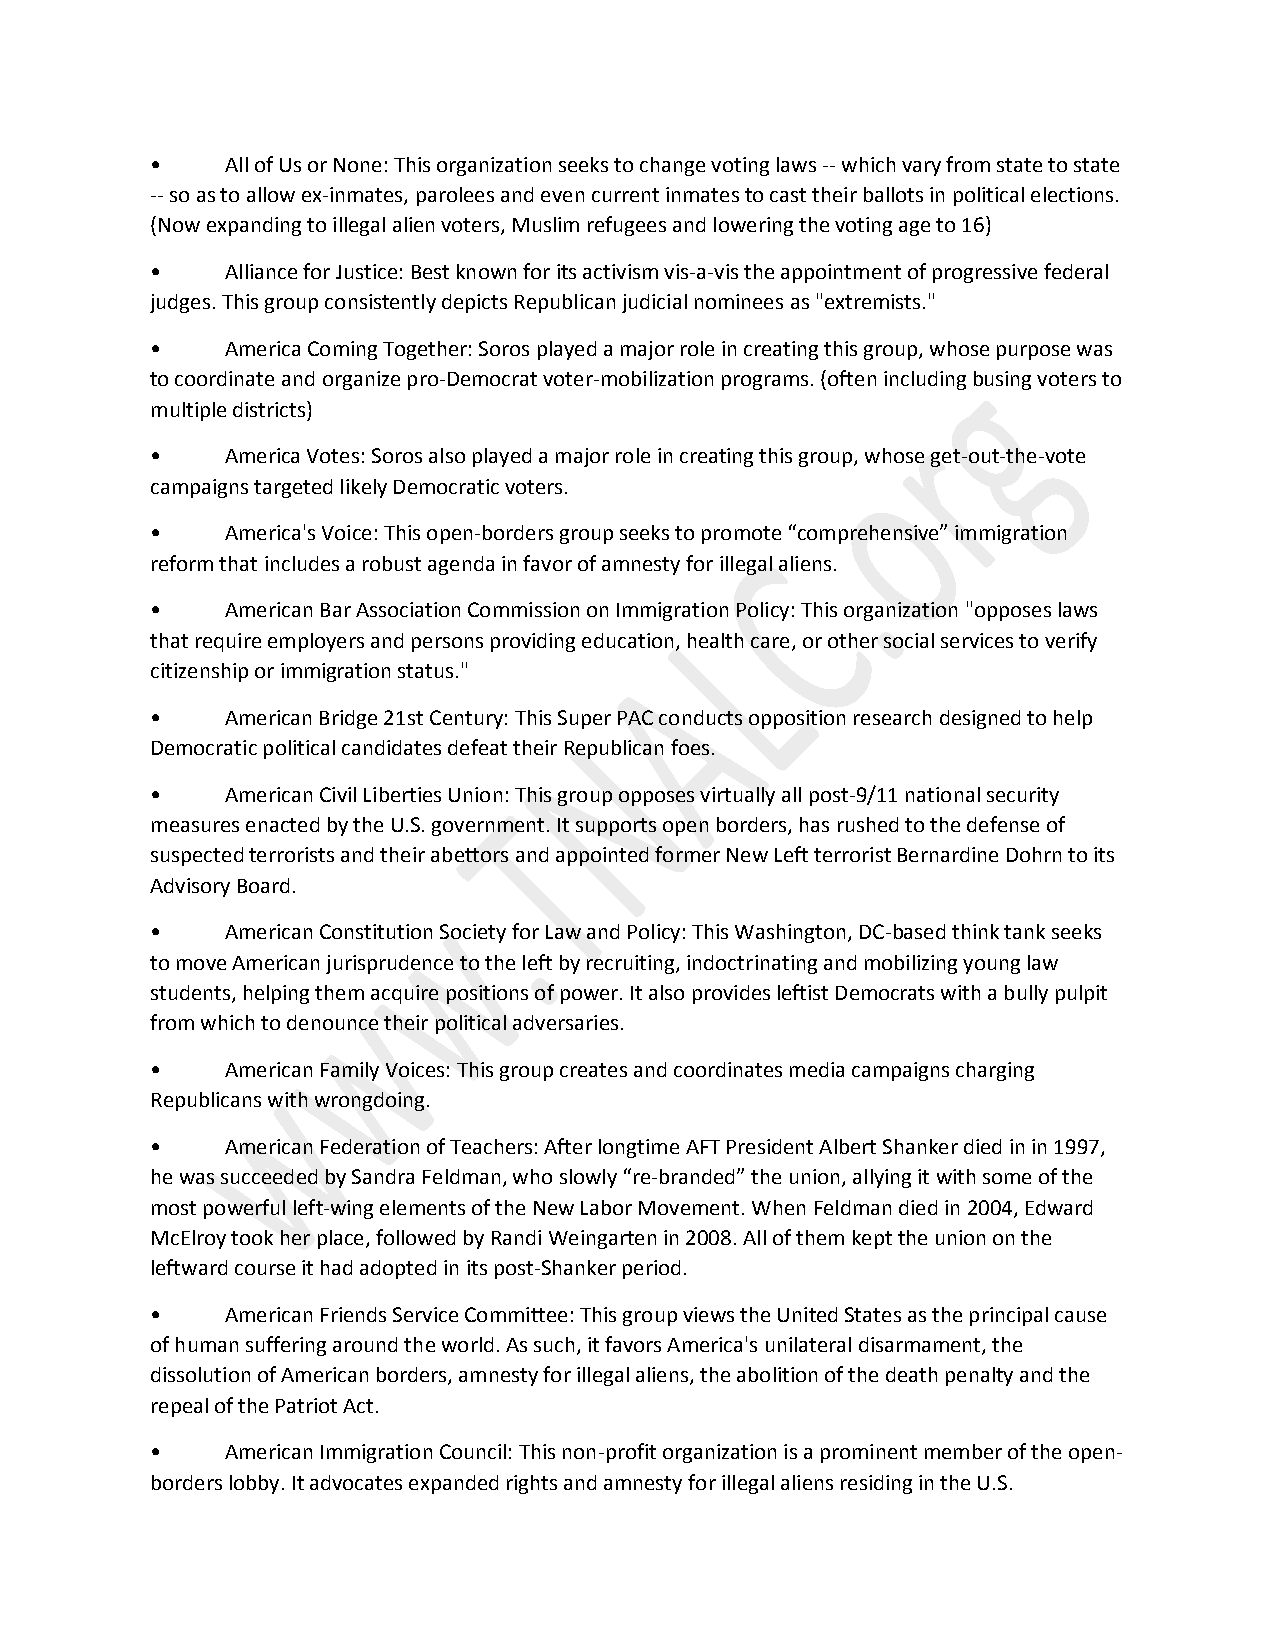
•    All of Us or None: This organization seeks to change voting laws -- which vary from state to state
 -- so as to allow ex-inmates, parolees and even current inmates to cast their ballots in political elections.
 (Now expanding to illegal alien voters, Muslim refugees and lowering the voting age to 16)
 •    Alliance for Justice: Best known for its activism vis-a-vis the appointment of progressive federal
 judges. This group consistently depicts Republican judicial nominees as "extremists."
 •    America Coming Together: Soros played a major role in creating this group, whose purpose was
 to coordinate and organize pro-Democrat voter-mobilization programs. (often including busing voters to
 multiple districts)
 •    America Votes: Soros also played a major role in creating this group, whose get-out-the-vote
 campaigns targeted likely Democratic voters.
 •    America's Voice: This open-borders group seeks to promote “comprehensive” immigration
 reform that includes a robust agenda in favor of amnesty for illegal aliens.
 •    American Bar Association Commission on Immigration Policy: This organization "opposes laws
 that require employers and persons providing education, health care, or other social services to verify
 citizenship or immigration status."
 •    American Bridge 21st Century: This Super PAC conducts opposition research designed to help
 Democratic political candidates defeat their Republican foes.
 •    American Civil Liberties Union: This group opposes virtually all post-9/11 national security
 measures enacted by the U.S. government. It supports open borders, has rushed to the defense of
 suspected terrorists and their abettors and appointed former New Left terrorist Bernardine Dohrn to its
 Advisory Board.
 •    American Constitution Society for Law and Policy: This Washington, DC-based think tank seeks
 to move American jurisprudence to the left by recruiting, indoctrinating and mobilizing young law
 students, helping them acquire positions of power. It also provides leftist Democrats with a bully pulpit
 from which to denounce their political adversaries.
 •    American Family Voices: This group creates and coordinates media campaigns charging
 Republicans with wrongdoing.
 •    American Federation of Teachers: After longtime AFT President Albert Shanker died in in 1997,
 he was succeeded by Sandra Feldman, who slowly “re-branded” the union, allying it with some of the
 most powerful left-wing elements of the New Labor Movement. When Feldman died in 2004, Edward
 McElroy took her place, followed by Randi Weingarten in 2008. All of them kept the union on the
 leftward course it had adopted in its post-Shanker period.
 •    American Friends Service Committee: This group views the United States as the principal cause
 of human suffering around the world. As such, it favors America's unilateral disarmament, the
 dissolution of American borders, amnesty for illegal aliens, the abolition of the death penalty and the
 repeal of the Patriot Act.
 •    American Immigration Council: This non-profit organization is a prominent member of the open-
 borders lobby. It advocates expanded rights and amnesty for illegal aliens residing in the U.S.